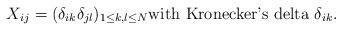
LaTeX: \begin{align*}X_{ij}=(\delta_{ik}\delta_{jl})_{1\leq k, l\leq N}\textrm{with Kronecker's delta }\delta_{ik}.\end{align*}